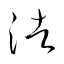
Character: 浩